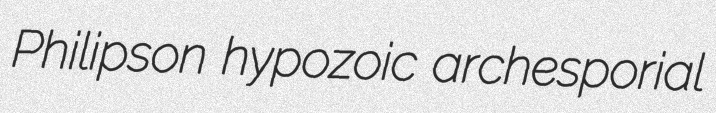
Philipson hypozoic archesporial